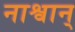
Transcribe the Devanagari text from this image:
नाश्वान्‌